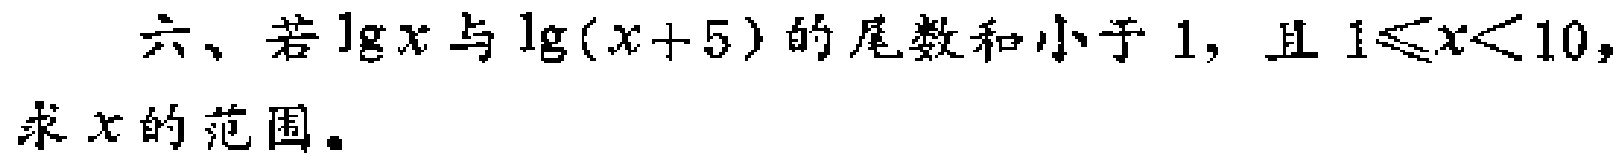
六、若\(\lg x\)与\(\lg(x + 5)\)的尾数和小于\(1\)，且\(1\leqslant x<10\)，求\(x\)的范围。